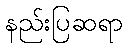
နည်းပြဆရာ